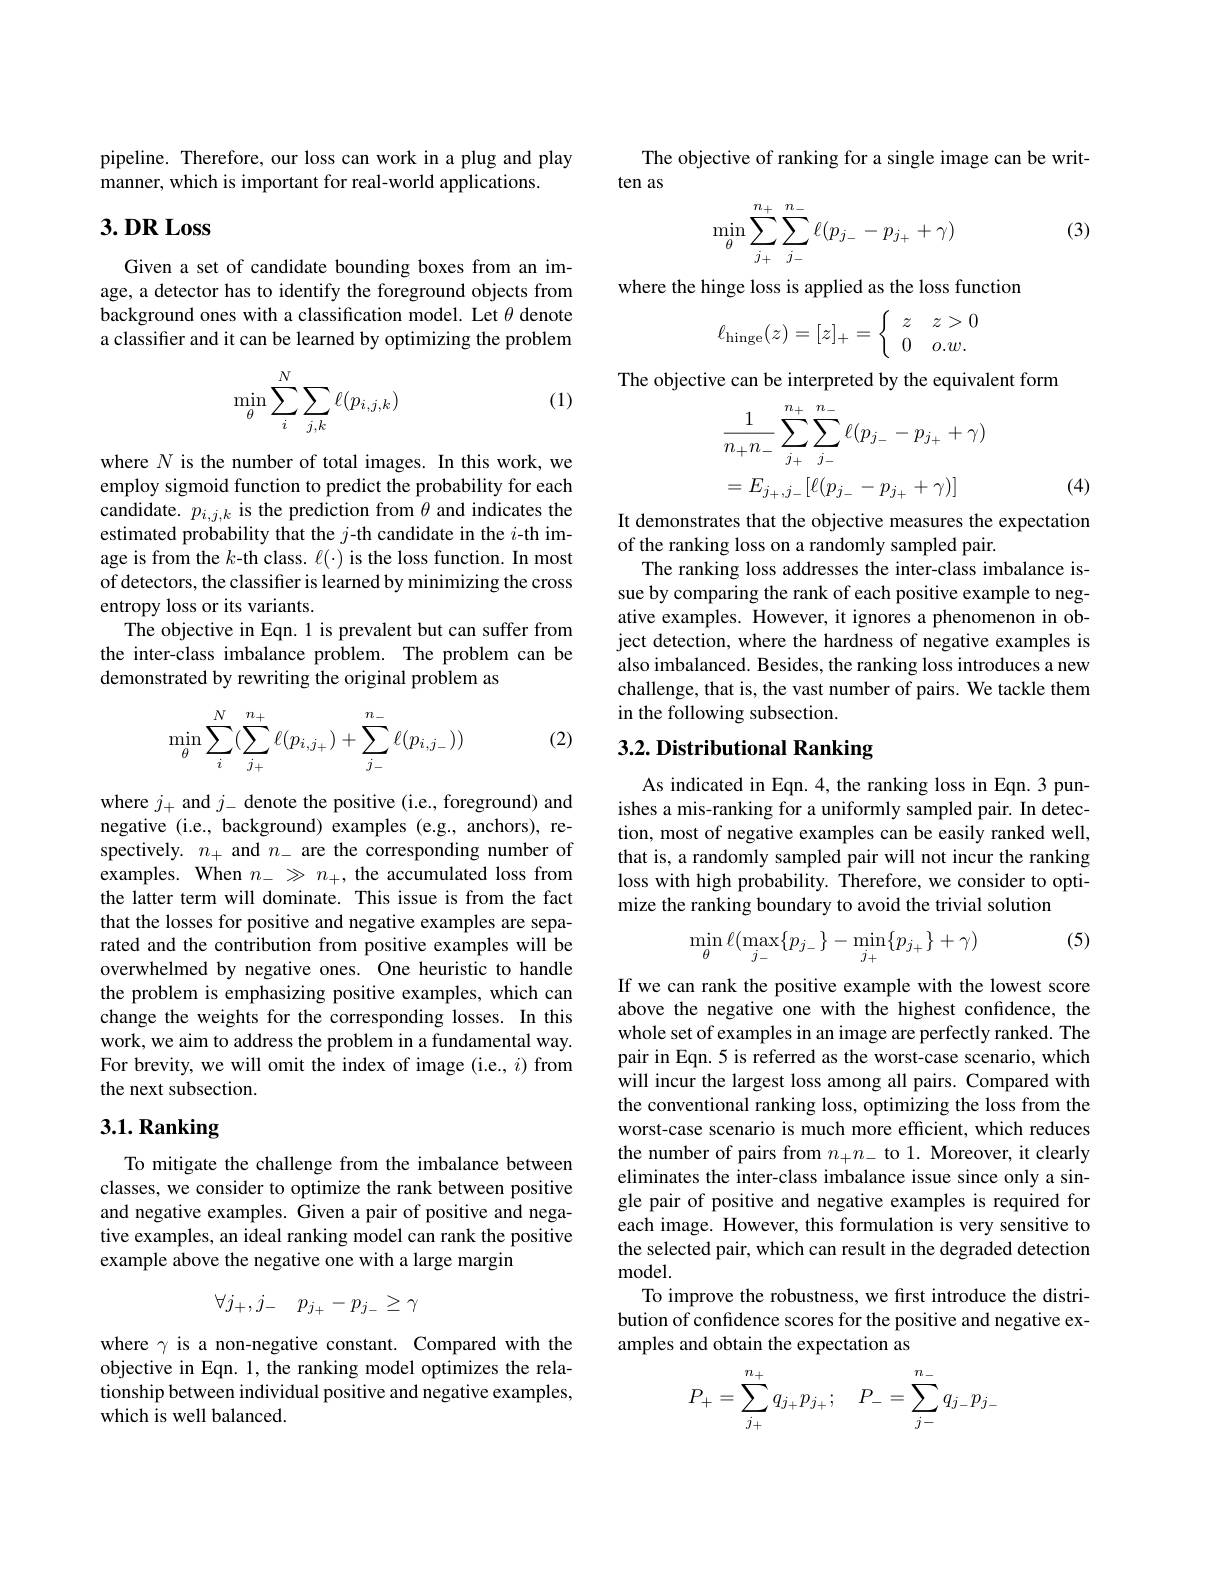
pipeline. Therefore, our loss can work in a plug and play
manner, which is important for real-world applications.

## $3.DR$ Loss

Given a set of candidate bounding boxes from an image, a detector has to identify the foreground objects from background ones with a classification model. Let $\theta$ denote a classifier and it can be learned by optimizing the problem

(1)
$$\min_{\theta}\sum_{i}^{N}\sum_{j,k}\ell(p_{i,j,k})$$
where $N$ is the number of total images. In this work, we employ sigmoid function to predict the probability for each candidate. $p_{i,j,k}$ is the prediction from $\theta$ and indicates the estimated probability that the $j$-th candidate in the $i$-th image is from the $k$-th class. $\ell(\cdot)$ is the loss function. In most of detectors, the classifter is learned by minimizing the cross entropy loss or its variants.
The objective in Eqn. 1 is prevalent but can suffer from the inter-class imbalance problem. The problem can be demonstrated by rewriting the original problem as

(2)
$$\begin{aligned}\min_\theta\sum_i^N(\sum_{j_+}^{n_+}\ell(p_{i,j_+})+\sum_{j_-}^{n_-}\ell(p_{i,j_-}))\end{aligned}$$
where $j_+$ and $j_-$ denote the positive (i.e., foreground) and negative (i.e., background) examples (e.g., anchors), respectively. $n_+$ and $n_-$ are the corresponding number of examples. When $n_-\gg n_+$, the accumulated loss from the latter term will dominate. This issue is from the fact that the losses for positive and negative examples are separated and the contribution from positive examples will be overwhelmed by negative ones. One heuristic to handle the problem is emphasizing positive examples, which can change the weights for the corresponding losses. In this work, we aim to address the problem in a fundamental way. For brevity, we will omit the index of image (i.e., i) from the next subsection.

## $3. 1. \textbf{Ranking}$

To mitigate the challenge from the imbalance between classes, we consider to optimize the rank between positive and negative examples. Given a pair of positive and negative examples, an ideal ranking model can rank the positive example above the negative one with a large margin
$$\forall j_+,j_-\quad p_{j_+}-p_{j_-}\geq\gamma $$
where $\gamma$ is a non-negative constant. Compared with the objective in Eqn. 1, the ranking model optimizes the relationship between individual positive and negative examples, which is well balanced.

The objective of ranking for a single image can be writ-
ten as
$$\begin{aligned}\min_\theta\sum_{j_+}^{n_+}\sum_{j_-}^{n_-}\ell(p_{j_-}-p_{j_+}+\gamma)\end{aligned}$$
(3)

where the hinge loss is applied as the loss function
$$\ell_{\mathrm{hinge}}(z)=[z]_{+}=\left\{\begin{array}{cc}z&z>0\\0&o.w.\end{array}\right.$$
The objective can be interpreted by the equivalent form
$$\frac{1}{n_{+}n_{-}}\sum_{j_{+}}^{n_{+}}\sum_{j_{-}}^{n_{-}}\ell(p_{j_{-}}-p_{j_{+}}+\gamma)$$
$$=E_{j_+,j_-}[\ell(p_{j_-}-p_{j_+}+\gamma)]$$
(4)

It demonstrates that the objective measures the expectation
of the ranking loss on a randomly sampled pair.
The ranking loss addresses the inter-class imbalance issue by comparing the rank of each positive example to negative examples. However, it ignores a phenomenon in object detection, where the hardness of negative examples is also imbalanced. Besides, the ranking loss introduces a new challenge, that is, the vast number of pairs. We tackle them in the following subsection.

## 3.2. Distributional Ranking

As indicated in Eqn. 4, the ranking loss in Eqn.3 punishes a mis-ranking for a uniformly sampled pair. In detection, most of negative examples can be easily ranked well, that is, a randomly sampled pair will not incur the ranking loss with high probability. Therefore, we consider to optimize the ranking boundary to avoid the trivial solution

(5)
$$\min_{\theta}\ell(\max_{j_{-}}\{p_{j_{-}}\}-\min_{j_{+}}\{p_{j_{+}}\}+\gamma)$$
If we can rank the positive example with the lowest score above the negative one with the highest confidence, the whole set of examples in an image are perfectly ranked. The pair in Eqn. 5 is referred as the worst-case scenario, which will incur the largest loss among all pairs. Compared with the conventional ranking loss, optimizing the loss from the worst-case scenario is much more efficient, which reduces the number of pairs from $n_+n_-$ to 1. Moreover, it clearly eliminates the inter-class imbalance issue since only a single pair of positive and negative examples is required for each image. However, this formulation is very sensitive to the selected pair, which can result in the degraded detection ${\mathrm{model}}.$
To improve the robustness, we first introduce the distribution of confidence scores for the positive and negative examples and obtain the expectation as
$$P_+=\sum_{j_+}^{n_+}q_{j_+}p_{j_+};\quad P_-=\sum_{j-}^{n_-}q_{j_-}p_{j_-}$$